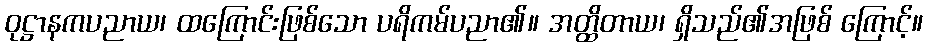
ဝုဋ္ဌာနကပညာယ၊ ထကြောင်းဖြစ်သော ပရိကမ်ပညာ၏။ အတ္ထိတာယ၊ ရှိသည်၏အဖြစ် ကြောင့်။